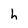
Character: h